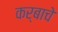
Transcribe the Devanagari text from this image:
कर्बाचे